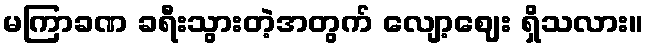
မကြာခဏ ခရီးသွားတဲ့အတွက် လျော့ဈေး ရှိသလား။